Indian journal of veterinary science and animal husbandry - Volume 2,
Year: 1932
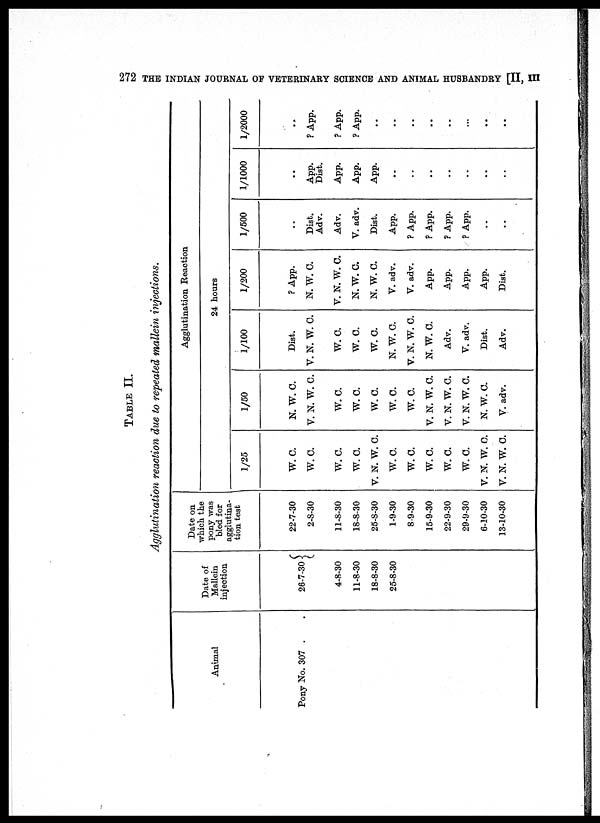
272 THE INDIAN JOURNAL OF VETERINARY SCIENCE AND ANIMAL HUSBANDRY [II, III
TABLE II.
Agglutination reaction due to repeated mallein injections.
Animal
Pony No. 307 .
Date of
Mallein
injection
26-7-30 {
4-8-30
11-8-30
18-8-30
25-8-30
Date on
which the
pony was
bled for
agglutina-
tion test
22-7-30
2-8-30
11-8-30
18-8-30
25-8-30
1-9-30
8-9-30
15-9-30
22-9-30
29-9-30
6-10-30
13-10-30
Agglutination Reaction
1/25
W. C.
W. C.
W. C.
W. C.
V. N. W. C.
W. C.
W. C.
W. C.
W. C.
W.C.
V. N. W. C.
V. N. W. C.
1/50
N. W. C.
V. N. W. C.
W.C.
W. C.
W.C.
W.C.
W.C.
V. N. W. C.
V. N. W. C.
V. N. W. C.
N. W. C.
V. adv.
1/100
Dist.
V. N. W. C.
W. C.
W. C.
W.C.
N. W. C.
V. N. W. C.
N. W. C.
Adv.
V. adv.
Dist.
Adv.
24 hours
1/200
? App.
N. W. C.
V. N. W. C.
N. W. C.
N. W. C.
V. adv.
V. adv.
App.
App.
App.
App.
Dist.
1/500
Dist.
Adv.
Adv.
V. adv.
Dist.
App.
?App.
? App.
?App.
?App.
..
..
1/1000
App.
Dist.
App.
App.
App.
..
..
..
..
..
..
..
1/2000
? App.
?App.
? App.
..
..
..
..
..
..
..
..